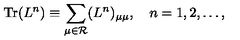
\mathrm { T r } ( L ^ { n } ) \equiv \sum _ { \mu \in { \cal R } } ( L ^ { n } ) _ { \mu \mu } , \quad n = 1 , 2 , \ldots ,